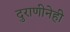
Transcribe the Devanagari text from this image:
दुराणीनेही